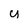
Character: y